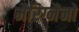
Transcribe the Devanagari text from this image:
मैरिग्नैनो